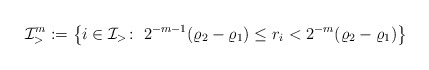
\begin{align*}\mathcal{I}_{>}^{m}:=\big\{i\in\mathcal{I}_{>}\colon\;2^{-m-1}(\varrho_{2}-\varrho_{1})\leq r_{i}<2^{-m}(\varrho_{2}-\varrho_{1}) \big\} \end{align*}